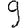
Digit: 9